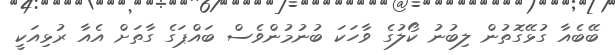
ބޭބެއާ ގުޅޭގޮތުން ލިބުނު ކޯލުގެ ވާހަކަ ބުނުމުންވެސް ބައްޕަގެ ގާތަށް އެއާ ރުޅިއަކީ